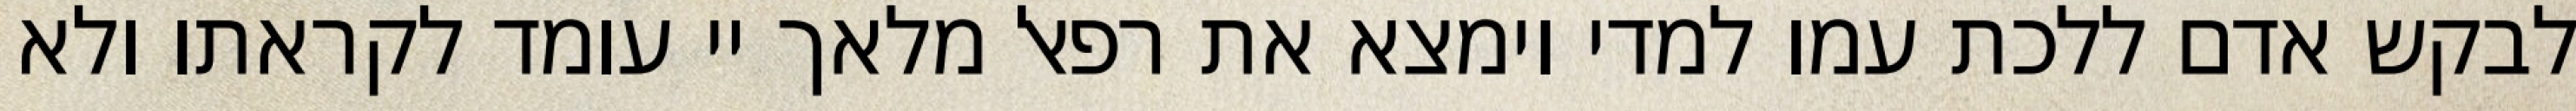
לבקש אדם ללכת עמו למדי וימצא את רפאל מלאך יי עומד לקראתו ולא